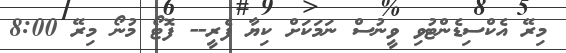
މިރޭ އެކްސިޑެންޓުވި ވީނުސް ނަމަކަށް ކިޔާ ފެރީ-- ފޮޓޯ މުނޯ މިރޭ 8:00